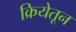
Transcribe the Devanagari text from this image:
क्रियेतून